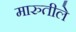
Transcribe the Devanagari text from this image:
मारुतीले